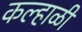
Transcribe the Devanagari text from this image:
कल्हाळी